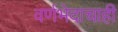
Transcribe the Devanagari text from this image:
वर्णभेदाचाही